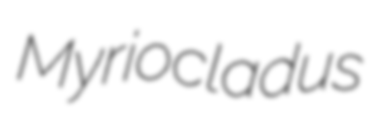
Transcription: Myriocladus